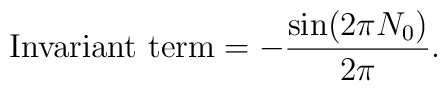
\mbox{Invariant term} = - \frac{\sin (2\pi N_0)}{2\pi} .